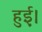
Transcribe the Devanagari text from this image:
हुई़़।